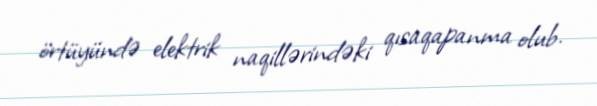
örtüyündə elektrik naqillərindəki qısaqapanma olub.